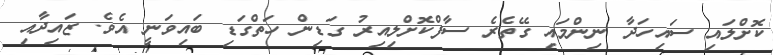
ކޮށްލައި ސައިހަދާ ނިންމައި ގޭތެރެ ސާފްކޮށްލިއިރު ގަޑިން ހަތްގަޑި ބައިވަނީ އެވެ. ޒައިދާއި